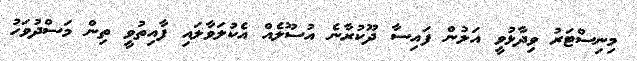
މިނިސްޓަރު ވިދާޅުވީ އަލުން ފައިސާ ދޫކުރާނެ އުސޫލެއް އެކުލަވާލައި ފާއިތުވީ ތިން މަސްދުވަހު